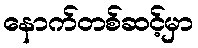
နောက်တစ်ဆင့်မှာ